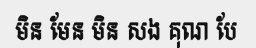
មិន មែន មិន សង គុណ បែ